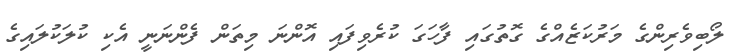
ލޯބިވެރިންގެ މަރުކަޒެއްގެ ގޮތުގައި ފާހަގަ ކުރެވިފައި އޮންނަ މިތަން ފެންނަނީ އެކި ކުލަކުލައިގެ